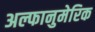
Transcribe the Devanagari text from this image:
अल्फानुमेरिक